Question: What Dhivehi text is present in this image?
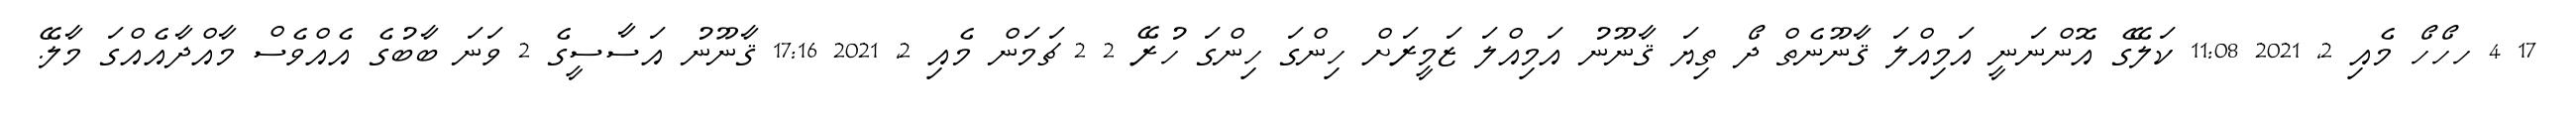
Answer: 17 4 ހހޯހޯ މެއި 2, 2021 11:08 ކަލޭގެ އޮންނަނީ އަމިއްލަ ޤާނޫނެތް ދޯ ތިޔަ ޤާނޫނު އަމިއްލަ ޒަމީރަށް ހިންގަ ހިންގަ ހުރޭ 2 2 ޗަމަން މެއި 2, 2021 17:16 ޤާނޫނު އަސާސީގެ 2 ވަނަ ބާބުގެ އެއްވެސް މާއްދާއެއްގަ މާލޭ.